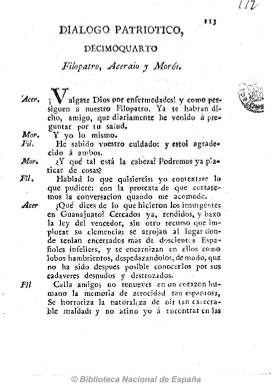
Título: Diálogo patriótico
Otros títulos: Filopatro, Acerario y Morós
Colección: Periódicos anteriores a 1850
Ámbito geográfico: México
Lugar de publicación: México
Fechas: 01/01/1810-02/01/1810

Debió publicarse desde finales de 1810 a principios de 1811, probablemente con frecuencia semanal, atribuido al canónigo realista José Mariano Beristáin de Souza (1756-1817), al objeto de contrarrestar la propaganda insurgente durante el primer movimiento secesionista mexicano, liderado por el clérigo Miguel Hidalgo, que acabó con la ejecución de éste. De carácter doctrinario y escrito en un lenguaje culterano, alejando así su pretensión de llegar a otras capas sociales, es un texto dialogado entre Filopatro, un hombre sabio y patriota que conduce la conversación, en la que participan Aceraio, como personaje inocente pero servil al primero, y, a partir del tercer diálogo, Morós, en el papel de un necio intrigante. Filopatro explica qué es la patria y quién es el buen patriota, que compara con los defensores de Fernando VII y quienes le prestan un servicio militar en Nueva España, mientras que Acerario atribuye la revolución independista en ciernes a una supuesta rivalidad “maldita” entre “gachupines” y “criollos”. Filopatro llegará a acusar a Hidalgo de actuar bajo los planes napoleónicos. Impreso en México en la Oficina de María Fernández de Jaúregui, fueron editados quince diálogos, el octavo en dos entregas, en números de ocho páginas, el último fechado en 1811.